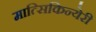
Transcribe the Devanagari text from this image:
मात्सिकिन्येरी